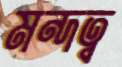
মন্দত্ব